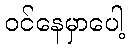
ဝင်နေမှာပေါ့